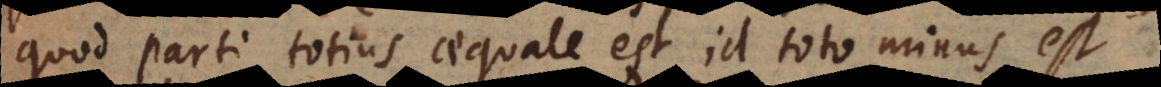
quod parti totius aequale est id toto minus est